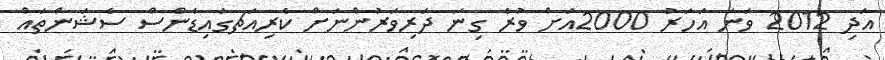
އަދި 2012 ވަނަ އަހަރު 2000އަށް ވުރެ ގިނަ ދަރިވަރުންނަށް ކެރިއަޗގައިޑެންސް ސެޝަންތައް